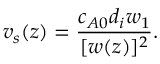
v _ { s } ( z ) = \frac { c _ { A 0 } d _ { i } w _ { 1 } } { [ w ( z ) ] ^ { 2 } } .